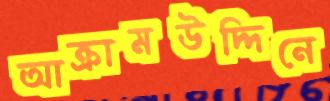
আক্রামউদ্দিনে